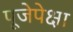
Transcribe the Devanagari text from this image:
पूजेपेक्षा